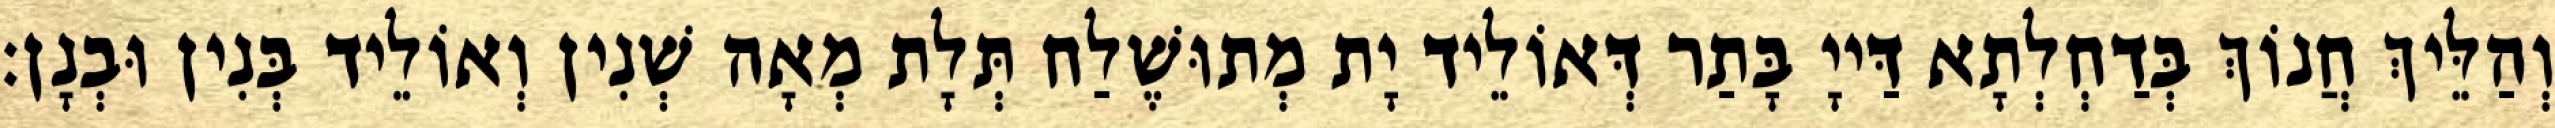
וְהַלֵּיךְ חֲנוֹךְ בְּדַחְלְתָא דַּייָ בָּתַר דְּאוֹלֵיד יָת מְתוּשֶׁלַח תְּלָת מְאָה שְׁנִין וְאוֹלֵיד בְּנִין וּבְנָן׃